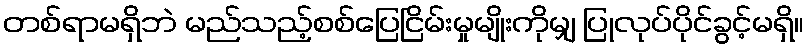
တစ်ရာမရှိဘဲ မည်သည့်စစ်ပြေငြိမ်းမှုမျိုးကိုမျှ ပြုလုပ်ပိုင်ခွင့်မရှိ။